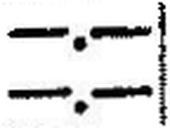
—.—